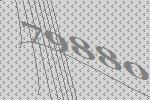
79880